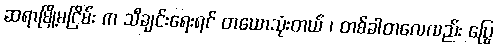
ဆရာမြို့မငြိမ်း က သီချင်းရေးရင် တယောသုံးတယ် ၊ တစ်ခါတလေလည်း ပြွေ